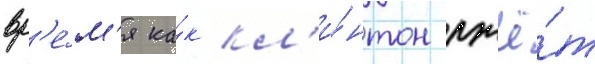
вр'е́м'я ка́к кл'и́нтон лжё́т